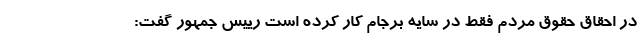
در احقاق حقوق مردم فقط در سایه برجام کار کرده است رییس جمهور گفت: